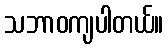
သဘာဝကျပါတယ်။